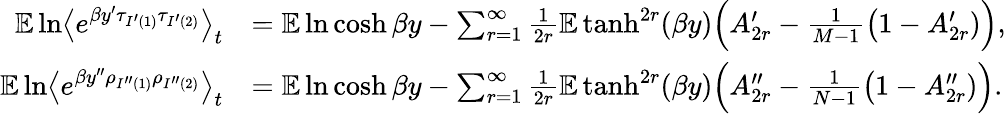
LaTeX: \begin{array}{rl}{\mathbb E\ln\bigl\langle e^{\beta y^{\prime}\tau_{I^{\prime}(1)}\tau_{I^{\prime}(2)}}\bigr\rangle_{t}}&{=\mathbb E\ln\cosh\beta y-\sum_{r=1}^{\infty}\frac{1}{2r}\mathbb E\operatorname{tanh}^{2r}(\beta y)\Bigl(A_{2r}^{\prime}-\frac{1}{M-1}\bigl(1-A_{2r}^{\prime})\Bigr),}\\ {\mathbb E\ln\bigl\langle e^{\beta y^{\prime\prime}\rho_{I^{\prime\prime}(1)}\rho_{I^{\prime\prime}(2)}}\bigr\rangle_{t}}&{=\mathbb E\ln\cosh\beta y-\sum_{r=1}^{\infty}\frac{1}{2r}\mathbb E\operatorname{tanh}^{2r}(\beta y)\Bigl(A_{2r}^{\prime\prime}-\frac{1}{N-1}\bigl(1-A_{2r}^{\prime\prime})\Bigr).}\end{array}